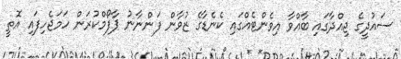
ސައުދީގެ ޖިއްދާގައި ބާއްވާ އިވެންޓެއްގައި ކެނެޑާގެ ޒުވާން ފަންނާނު ޕާފޯމްކުރަން ހަމަޖެހިފައި އޮތީ